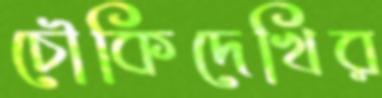
চৌকিদেখির